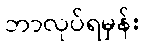
ဘာလုပ်ရမှန်း